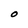
Character: O